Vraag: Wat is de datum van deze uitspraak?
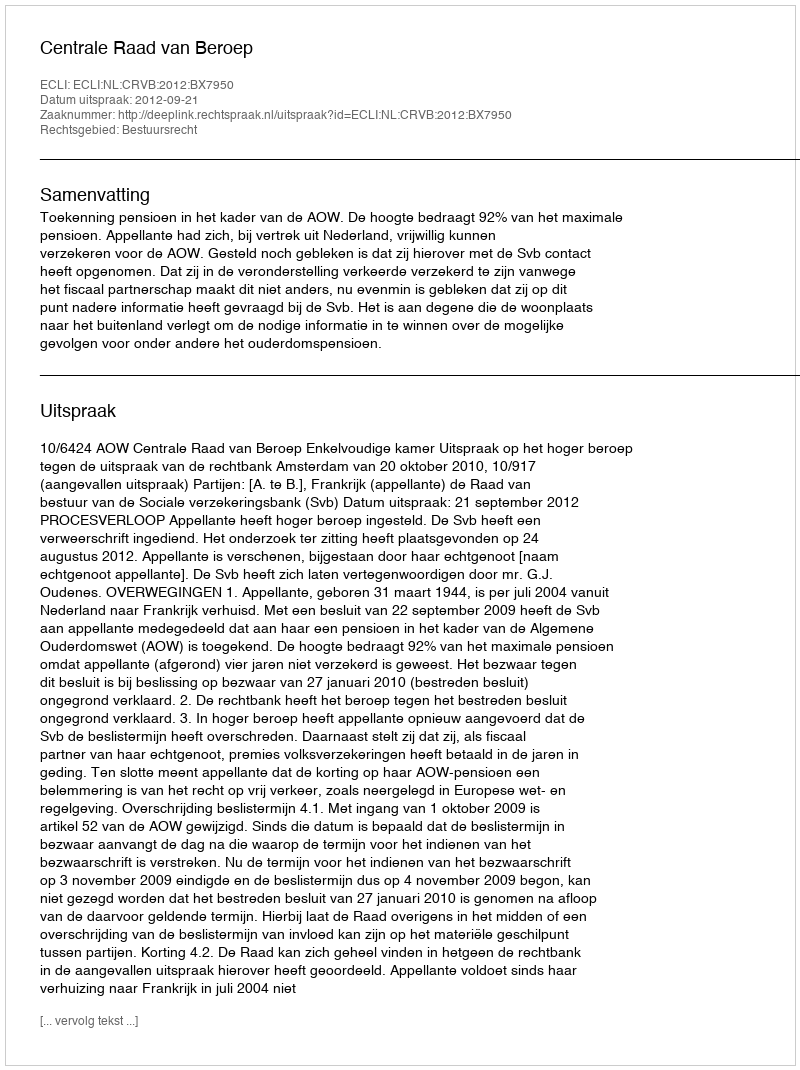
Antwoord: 2012-09-21